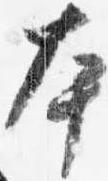
本